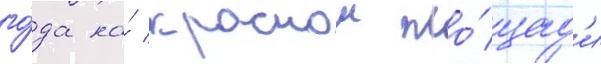
го́да на́ краснои пло́щад'и